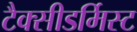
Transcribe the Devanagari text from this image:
टैक्सीडर्मिस्ट